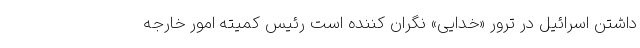
داشتن اسرائیل در ترور «خدایی» نگران کننده است رئیس کمیته امور خارجه